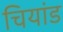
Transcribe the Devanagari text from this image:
चियांड